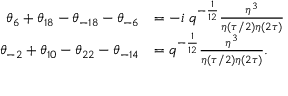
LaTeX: \begin{array} { r l } { { \theta _ { 6 } + \theta _ { 1 8 } - \theta _ { - 1 8 } - \theta _ { - 6 } } } & { { = - i ~ q ^ { - { \frac { 1 } { 1 2 } } } { \frac { \eta ^ { 3 } } { \eta ( \tau / 2 ) \eta ( 2 \tau ) } } } } \\ { { \theta _ { - 2 } + \theta _ { 1 0 } - \theta _ { 2 2 } - \theta _ { - 1 4 } } } & { { = q ^ { - { \frac { 1 } { 1 2 } } } { \frac { \eta ^ { 3 } } { \eta ( \tau / 2 ) \eta ( 2 \tau ) } } . } } \end{array}